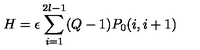
H = \epsilon \sum _ { i = 1 } ^ { 2 l - 1 } ( Q - 1 ) P _ { 0 } ( i , i + 1 )